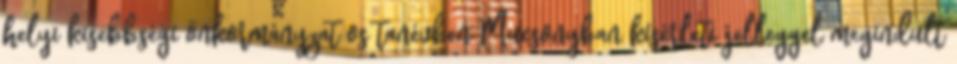
helyi kisebbségi önkormányzat os tanévben Mucsonyban kísérleti jelleggel megindult